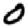
Digit: 0